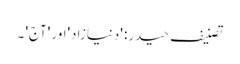
تصنیف حیدر: 'دنیازاد'اور 'آج' ۔